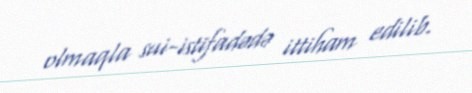
olmaqla sui-istifadədə ittiham edilib.